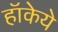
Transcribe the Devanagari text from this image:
हॉकेये